Annual report of the Bengal Veterinary College and of the Civil Veterinary Department, Bengal, for the year 1913-1914 - 1913-1914
Year: 1913
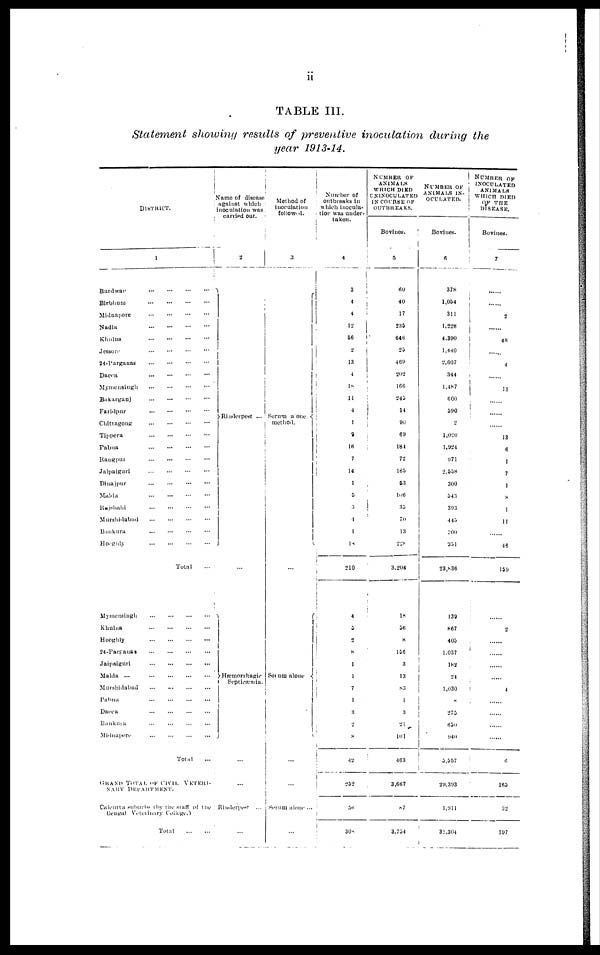
ii
TABLE III
Statement showing results of preventive inoculation during the
year 1913-14.
DISTRICT.
Burdwar
...
...
...
...
Birbhum
...
...
...
...
Midnapore
...
...
...
...
Nadia...
...
...
...
Khulna
...
...
...
...
Jessore...
...
...
...
24-Pargauas
...
...
...
...
Dacca
...
...
...
...
Mymensingh
...
...
...
...
Bakarganj
...
...
...
...
Faridpur
...
...
...
...
Chittagong
...
...
...
...
Tippera
...
...
...
...
Pabna
...
...
...
...
Rangput
...
...
...
...
Jalpaiguri
...
...
...
...
Dinajpur
...
...
...
...
Malda
...
...
...
...
Rajshahi
...
...
...
...
Murshidabad
...
...
...
...
Bankura
...
...
...
...
Hooghly
...
...
...
...
Total
...
Mymensingh
...
...
...
...
Khulna
...
...
...
...
Hooghly
...
...
...
...
24-Parganas
...
...
...
...
Jaipaiguri
...
...
...
...
Malda
...
...
...
...
...
Murshidabad
...
...
...
...
Pabna
...
...
...
...
Dacca
...
...
...
...
Bankura
...
...
...
...
Midnapore ... ... ... ...
Total ...
grand
total of civil
veteri-
NARY
DEPARTMENT.
Calcutta suburbs (by the staff of the
Bengal Veterinary College.)
Total
...
...
Name of disease
against which
inoculation was
carried out.
2
Rinderpest ...
Hæmorrhagic
Septicæmia.
Rinderpest ...
Method of
inoculation
followed.
3
Serum a one
method.
Set um alone
...
...
Serum alone ...
Number of
outbreaks in
which inocula-
tion was under-
taken.
4
3
4
4
12
56
2
13
4
18
11
4
1
9
16
7
14
1
5
3
4
1
12
210
4
5
2
8
1
1
7
1
3
8
42
252
36
308
NUMBER OF
ANIMALS
WHICH DIED
UNINOCULATED
IN COURSE OK
OUTBREAKS.
Bovines.
5
60
40
17
235
646
25
469
202
166
245
14
90
69
184
72
165
53
106
35
70
13
228
3,204
18
56
8
156
3
13
83
1
3
21
101
463
3,667
87
3,754
NUMBER OK ANIMALS IN¬OCULATED.
Bovines.
6
378
1,054
311
1,228
4,390
1.440
2,607
344
1,487
600
590
2
1,020
1,924
971
2,558
300
543
393
445
300
351
23,836
139
867
405
1,037
182
24
1,030
8
275
650
940
5,557
29,393
1,911
31,304
NUMBER OP INOCULATED
ANIMALS
WHICH DIED
OF THE DISEASE.
Bovines.
7
......
.....
2
.......
48
.......
4
.....
11
......
......
.......
13
6
1
7
1
8
1
11
....
46
159
.....
2
.....
.....
.....
......
4
......
......
........
.......
6
165
32
197